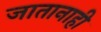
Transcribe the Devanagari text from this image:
जातानाही